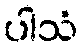
ပါသံ